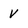
Character: V